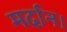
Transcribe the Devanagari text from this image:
मर्दान।